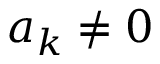
a _ { k } \neq 0